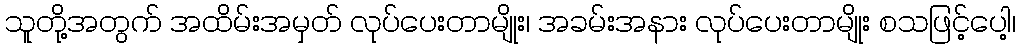
သူတို့အတွက် အထိမ်းအမှတ် လုပ်ပေးတာမျိုး၊ အခမ်းအနား လုပ်ပေးတာမျိုး စသဖြင့်ပေါ့၊